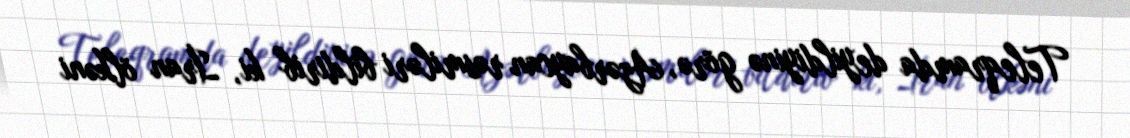
Teleqramda deyildiyinə görə, Azərbaycan rəsmiləri bildirib ki, İran ölkəni